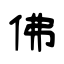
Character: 佛